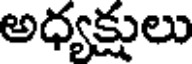
అధ్యక్షులు